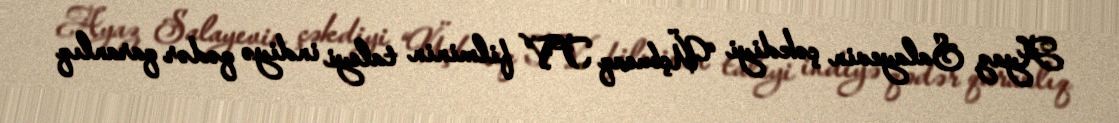
Ayaz Salayevin çəkdiyi “Üçbucaq TV” filminin taleyi indiyə qədər qaranlıq